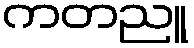
ကတညူ